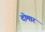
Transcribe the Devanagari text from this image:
दोमार